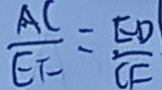
\frac { A C } { E F } = \frac { E D } { C E }